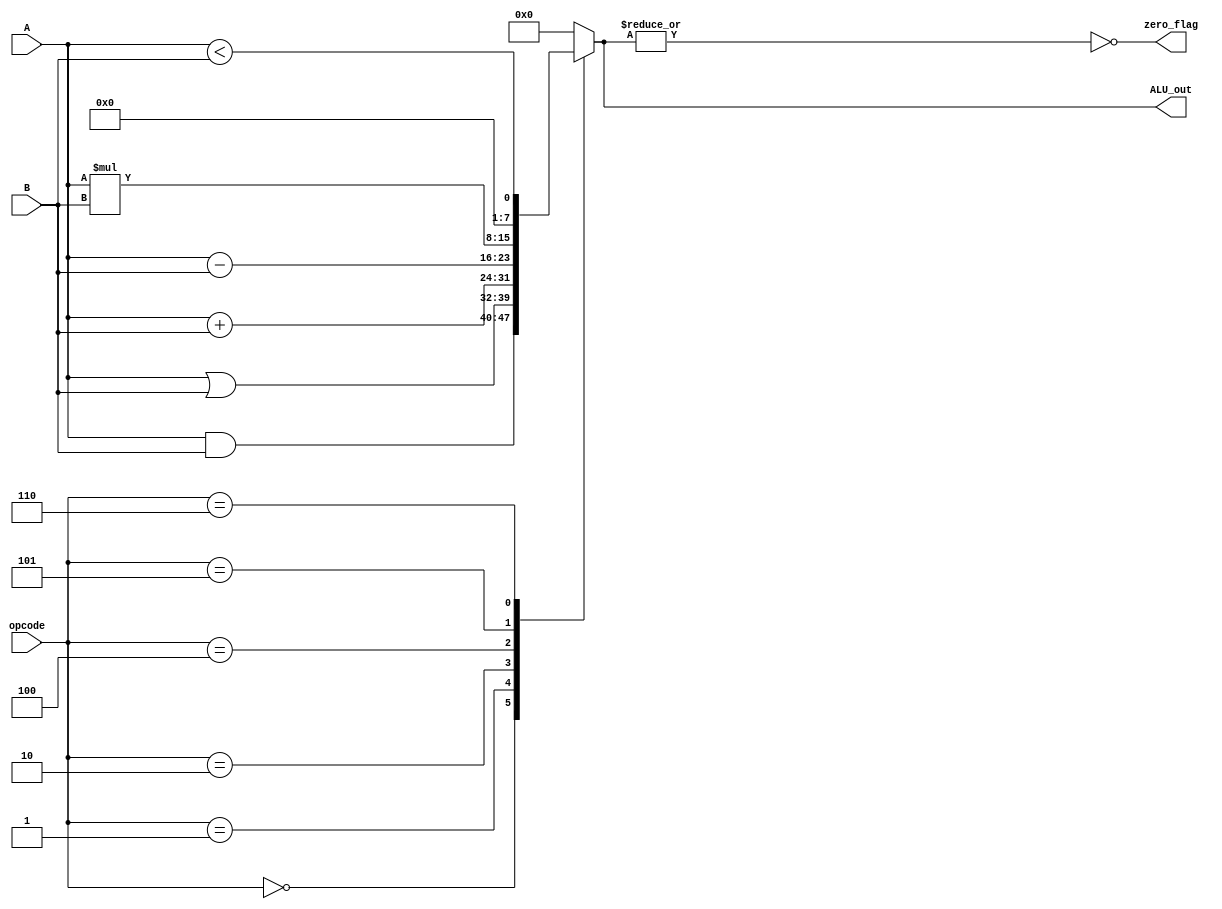
module ALU #(parameter WIDTH = 8) (
    input [WIDTH - 1 : 0] A, B,
    input [2 : 0] opcode,
    output reg [WIDTH - 1 : 0] ALU_out,
    output zero_flag
);

    // ALU operations
    always @(*) begin
        case(opcode)
            3'b000:    ALU_out = A & B;
            3'b001:    ALU_out = A | B;
            3'b010:    ALU_out = A + B;
            3'b100:    ALU_out = A - B;
            3'b101:    ALU_out = A * B;
            3'b110:    ALU_out = (A < B);    
            default:   ALU_out = 32'b0;
        endcase
    end

    // Flags
    assign zero_flag = ~|(ALU_out);
endmodule